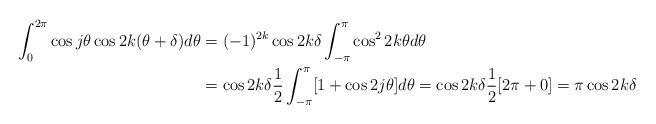
LaTeX: \begin{align*}\int_{0}^{2\pi}\cos j\theta\cos2 k(\theta+\delta)d\theta&=(-1)^{2k}\cos 2k\delta\int_{-\pi}^{\pi}\cos^2 2k\theta d\theta\\&=\cos 2k\delta \frac{1}{2}\int_{-\pi}^{\pi}[1+\cos2j\theta]d\theta=\cos 2k\delta \frac{1}{2}[2\pi+0]=\pi\cos2k\delta\end{align*}